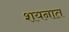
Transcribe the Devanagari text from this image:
शयनात